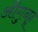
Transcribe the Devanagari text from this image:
औगुनहू